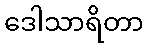
ဒေါသာရိတာ